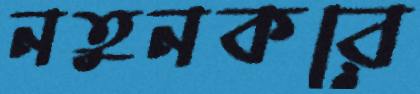
নতুনকরে